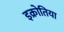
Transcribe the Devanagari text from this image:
इक्रोतिया